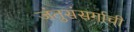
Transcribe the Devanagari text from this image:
जंतुसंसर्गाची